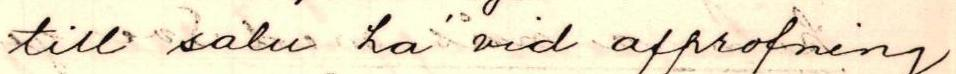
till salu ha vid afprofning